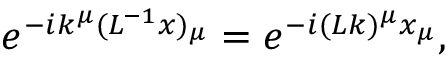
\begin{array} { r } { e ^ { - i k ^ { \mu } ( L ^ { - 1 } x ) _ { \mu } } = e ^ { - i ( L k ) ^ { \mu } x _ { \mu } } , } \end{array}